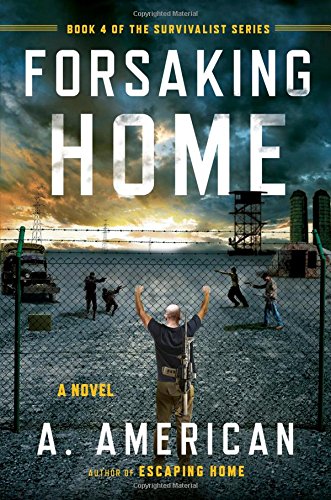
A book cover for Forsaking Home (The Survivalist Series); A. American; Science Fiction & Fantasy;